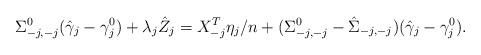
LaTeX: \begin{align*}\Sigma_{-j,-j}^0 (\hat \gamma_j-\gamma_j^0) + \lambda_j \hat Z_j = X_{-j}^T \eta_j/n + (\Sigma_{-j,-j}^0- \hat\Sigma_{-j,-j}) (\hat \gamma_j-\gamma_j^0).\end{align*}